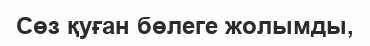
Сөз қуған бөлеге жолымды,